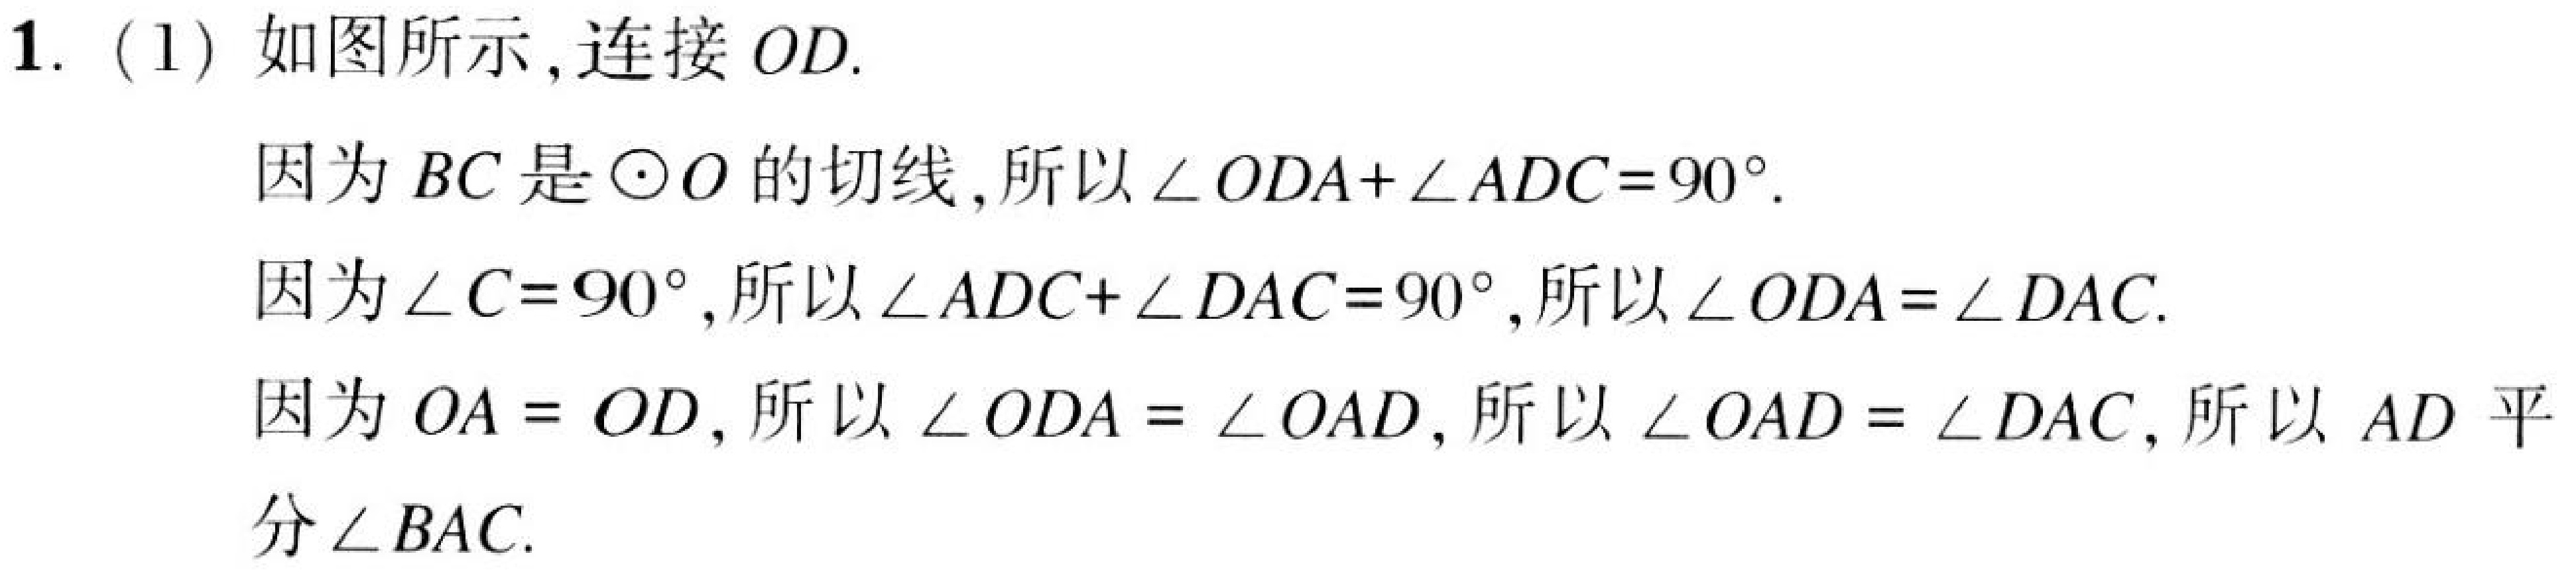
1. (1) 如图所示,连接 \(OD\).
因为 \(BC\) 是\(\odot O\)的切线,所以 \(\angle ODA+\angle ADC = 90^{\circ}\).
因为 \(\angle C = 90^{\circ}\),所以 \(\angle ADC+\angle DAC = 90^{\circ}\),所以 \(\angle ODA=\angle DAC\).
因为 \(OA = OD\),所以 \(\angle ODA=\angle OAD\),所以 \(\angle OAD=\angle DAC\),所以 \(AD\) 平分 \(\angle BAC\).